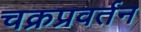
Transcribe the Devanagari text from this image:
चक्रप्रवर्तन